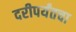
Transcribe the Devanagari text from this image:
दरीपर्यंतचा